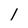
Character: 1